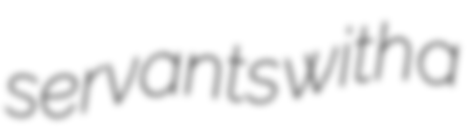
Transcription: servants with a